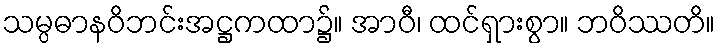
သမ္ပဓာနဝိဘင်းအဋ္ဌကထာ၌။ အာဝီ၊ ထင်ရှားစွာ။ ဘဝိဿတိ။